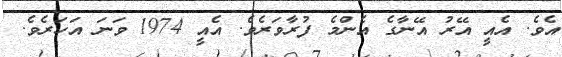
އެވެ. އެއީ އޭރު އޭނާގެ އެންމެ ފުރާވަރެވެ. އެއީ 1974 ވަނަ އަހަރެވެ.